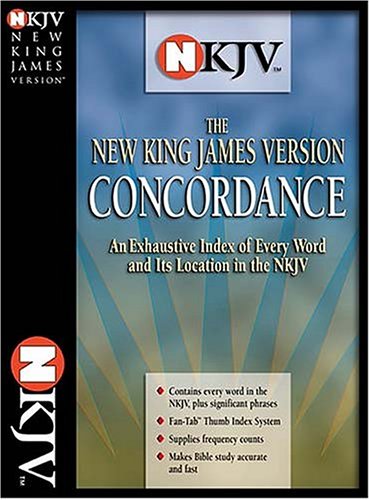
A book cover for The NKJV  Concordance; Thomas Nelson; Christian Books & Bibles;